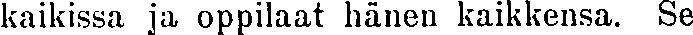
kaikissa ja oppilaat hänen kaikkensa. Se